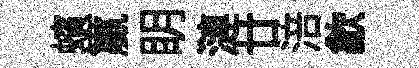
蠙籯眀漣廿涪歙